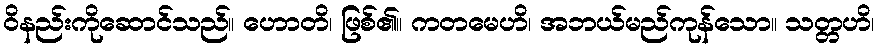
ဝိနည်းကိုဆောင်သည်။ ဟောတိ၊ ဖြစ်၏။ ကတမေဟိ၊ အဘယ်မည်ကုန်သော။ သတ္တဟိ၊